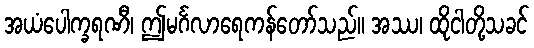
အယံပေါက္ခရဏီ၊ ဤမင်္ဂလာရေကန်တော်သည်။ အဿ၊ ထိုငါတို့သခင်